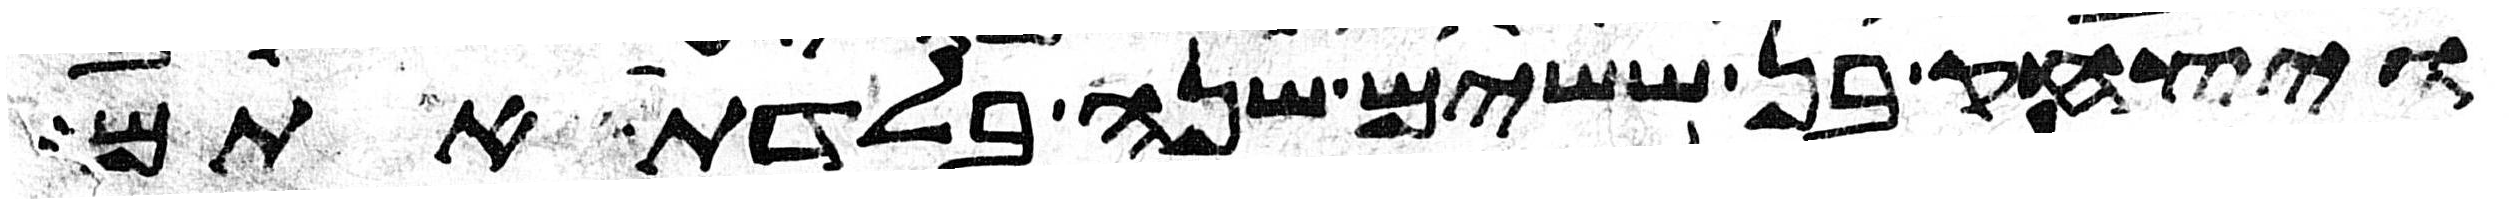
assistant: ויצחק בן ששים שנה בלדת אתם